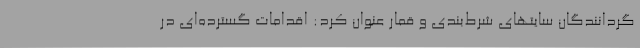
گردانندگان سایتهای شرط‌بندی و قمار عنوان کرد: اقدامات گسترده‌ای در